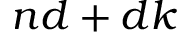
n d + d k